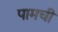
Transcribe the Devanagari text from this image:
पामची